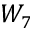
W _ { 7 }